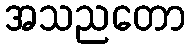
အသညတော